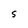
Character: 5